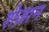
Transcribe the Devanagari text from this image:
शेज़ान